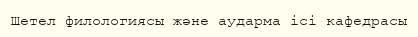
Шетел филологиясы және аударма ісі кафедрасы